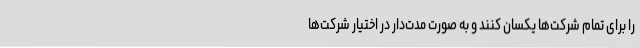
را برای تمام شرکت‌ها یکسان کنند و به صورت مدت‌دار در اختیار شرکت‌ها